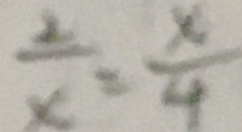
\frac { 2 } { x } = \frac { x } { 4 }